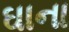
ઘાના